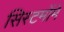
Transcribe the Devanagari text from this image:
सिस्टमोंमे